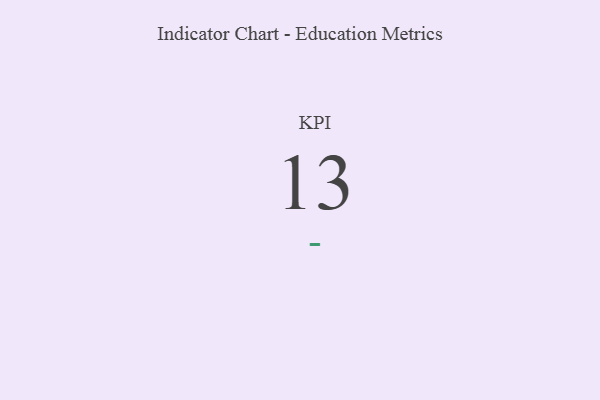
{"axis": {"x": "KPI", "y": "Value"}, "legend": [""], "data": [{"x": "KPI", "y": 13, "type": ""}]}